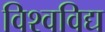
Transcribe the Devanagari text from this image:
विश्वविद्य